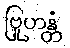
ဗြုဟန္တံ